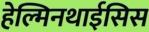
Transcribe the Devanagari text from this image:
हेल्मिनथाईसिस